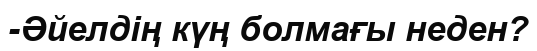
-Әйелдің күң болмағы неден?